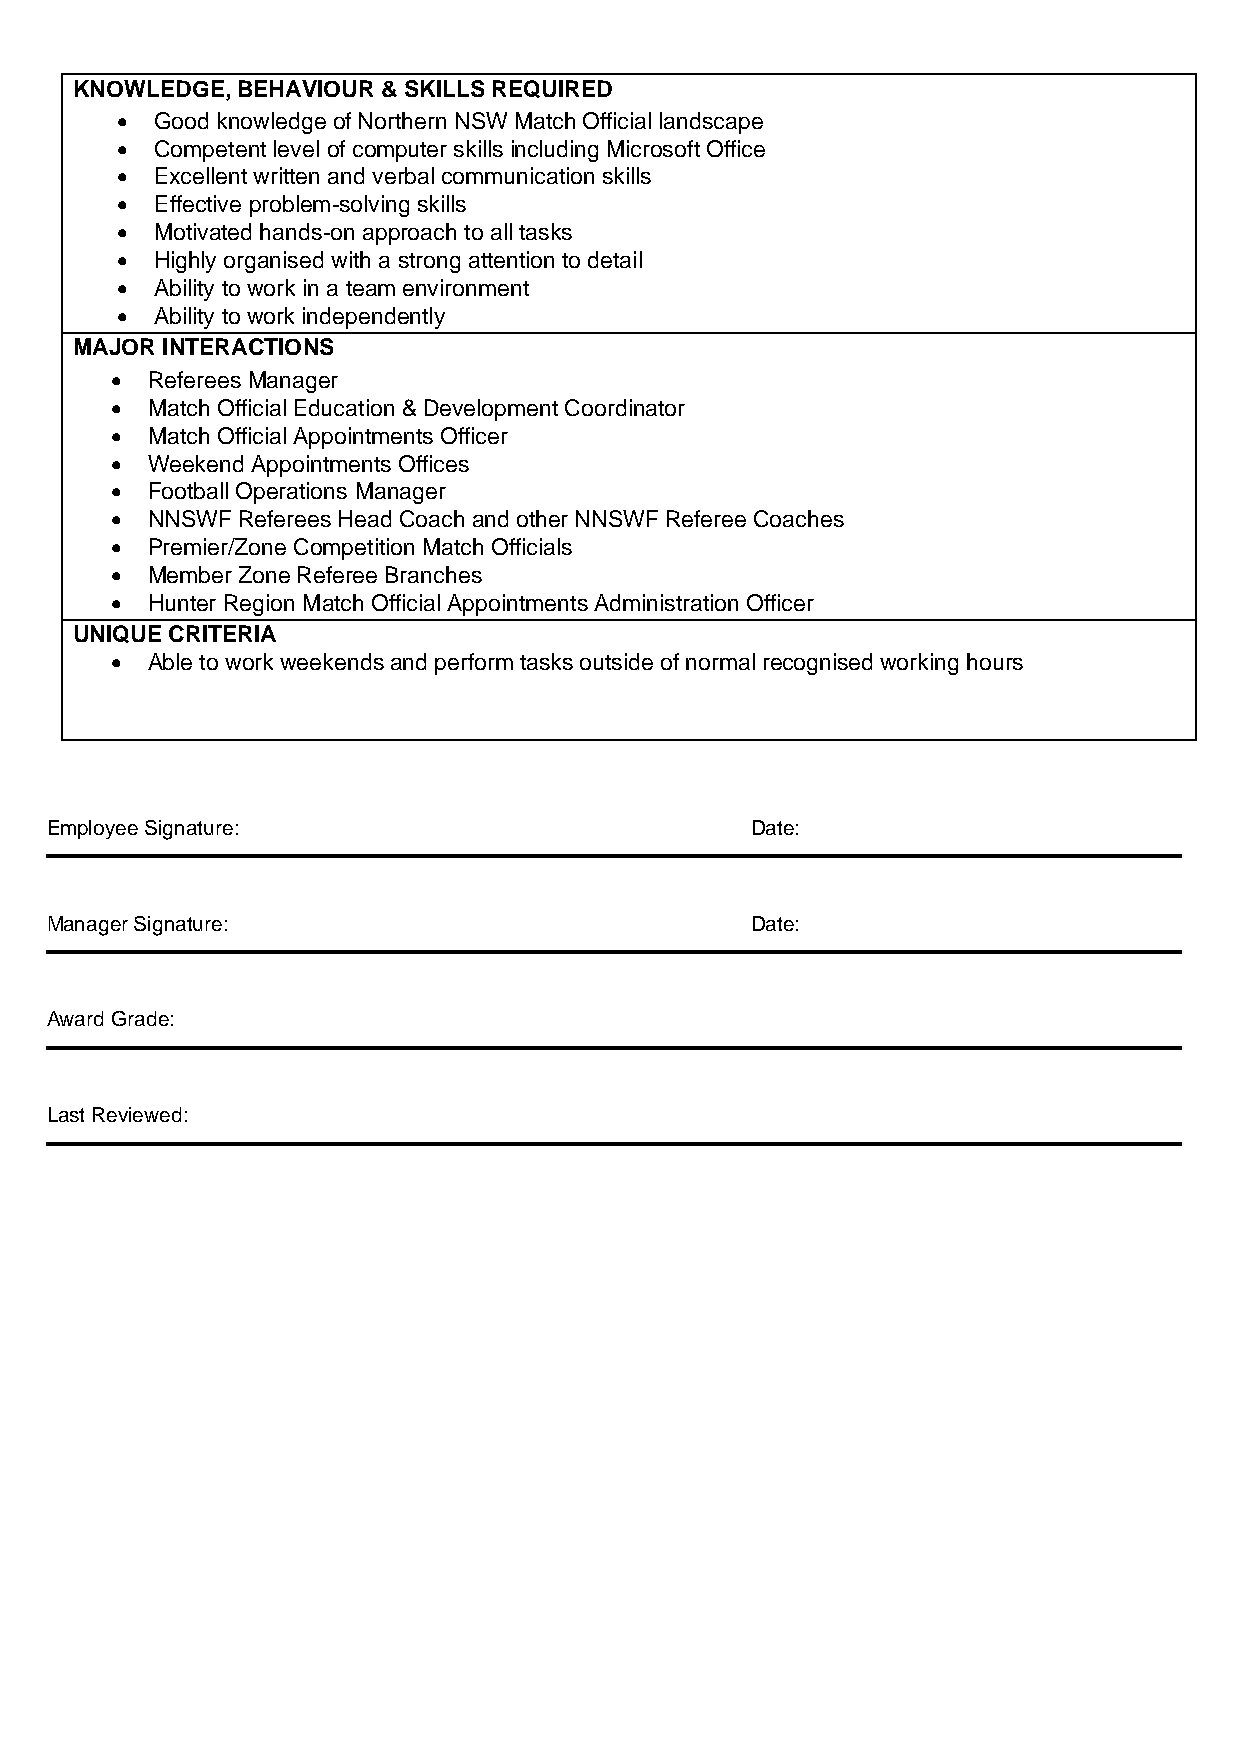
KNOWLEDGE, BEHAVIOUR & SKILLS REQUIRED
 • Good knowledge of Northern NSW Match Official landscape
 • Competent level of computer skills including Microsoft Office
 • Excellent written and verbal communication skills
 • Effective problem-solving skills
 • Motivated hands-on approach to all tasks
 • Highly organised with a strong attention to detail
 • Ability to work in a team environment
 • Ability to work independently
 MAJOR INTERACTIONS
 •  Referees Manager
 •  Match Official Education & Development Coordinator
 •  Match Official Appointments Officer
 •  Weekend Appointments Offices
 •  Football Operations Manager
 •  NNSWF Referees Head Coach and other NNSWF Referee Coaches
 •  Premier/Zone Competition Match Officials
 •  Member Zone Referee Branches
 •  Hunter Region Match Official Appointments Administration Officer
 UNIQUE CRITERIA
 •  Able to work weekends and perform tasks outside of normal recognised working hours
 Employee Signature:                            Date:
 Manager Signature:                             Date:
 Award Grade:
 Last Reviewed: